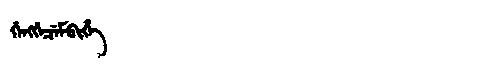
Manchu: ᡤᡝᠩᡤᡝᠴᡝᠮᠪᡳᡥᡝ
Romanization: GENGGECEMBIHE